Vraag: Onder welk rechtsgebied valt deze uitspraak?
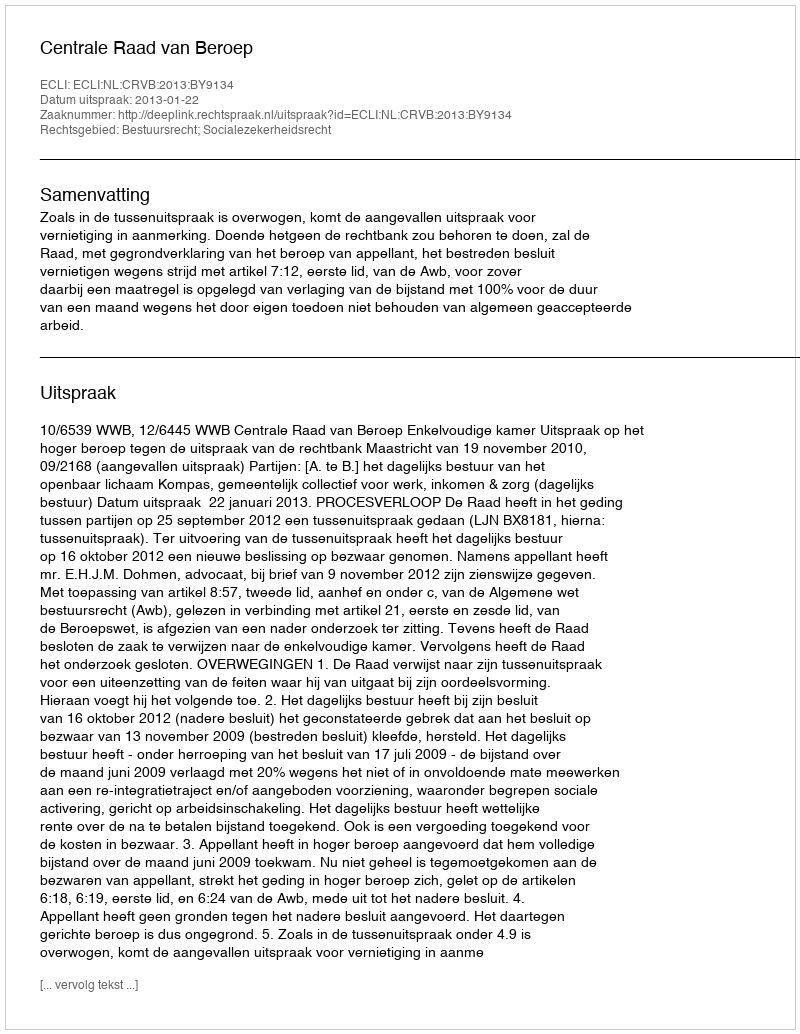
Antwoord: Bestuursrecht; Socialezekerheidsrecht